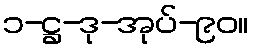
၁-ဋ္ဌ-ဒု-အုပ်-၉၀။